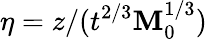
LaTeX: \eta=z/(t^{2/3}\mathbf{M}_{0}^{1/3})